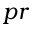
p r